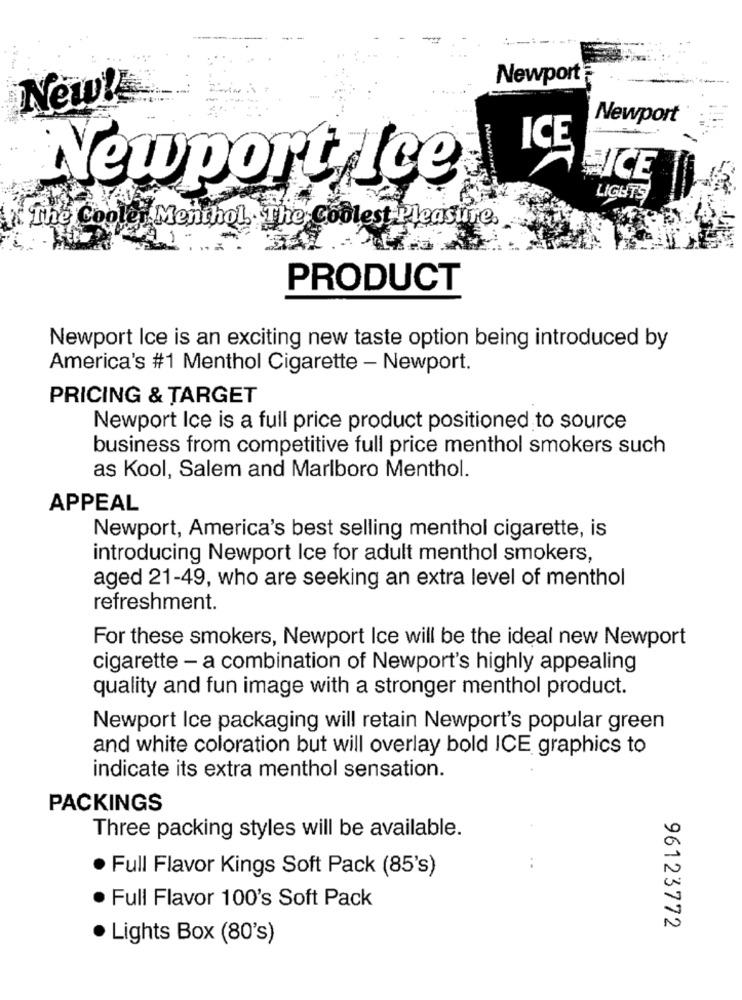
Newport
New!
Newport
ICE
HICE
Newport Ice
LIGHTS
The Cooler Menthol. The Coolest Pleasure.
PRODUCT
Newport Ice is an exciting new taste option being introduced by
America's #1 Menthol Cigarette - Newport.
PRICING & TARGET
Newport Ice is a full price product positioned to source
business from competitive full price menthol smokers such
as Kool, Salem and Marlboro Menthol.
APPEAL
Newport, America's best selling menthol cigarette, is
introducing Newport Ice for adult menthol smokers,
aged 21-49, who are seeking an extra level of menthol
refreshment.
For these smokers, Newport Ice will be the ideal new Newport
cigarette - a combination of Newport's highly appealing
quality and fun image with a stronger menthol product.
Newport Ice packaging will retain Newport's popular green
and white coloration but will overlay bold ICE graphics to
indicate its extra menthol sensation.
PACKINGS
Three packing styles will be available.
· Full Flavor Kings Soft Pack (85's)
..
. Full Flavor 100's Soft Pack
96123772
. Lights Box (80's)